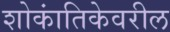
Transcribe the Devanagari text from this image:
शोकांतिकेवरील